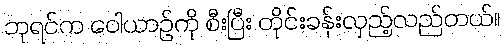
ဘုရင်က ဝေါယာဉ်ကို စီးပြီး တိုင်းခန်းလှည့်လည်တယ်။